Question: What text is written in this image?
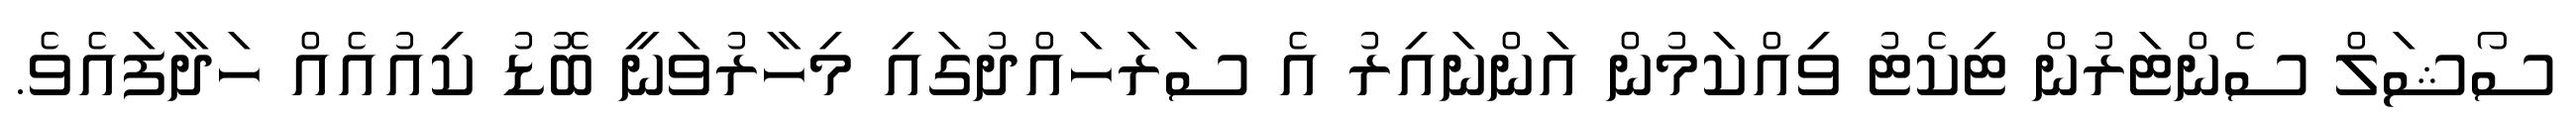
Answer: ސޯޝަލް ސެންޓަރުން ޓިކެޓު ވިއްކަމުން އަންނައިރު އެ ސަރަަހައްދުގައި މިހާރުވަނީ ބޮޑު ކިއުއެއް ހަދާފައެވެ.